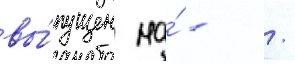
вы́пущен на́ - /